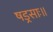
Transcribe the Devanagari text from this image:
षड्रसाः॥